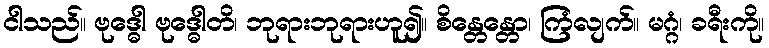
ငါသည်။ ဗုဒ္ဓေါ ဗုဒ္ဓေါတိ၊ ဘုရားဘုရားဟူ၍။ စိန္တေန္တော၊ ကြံလျက်။ မဂ္ဂံ၊ ခရီးကို။